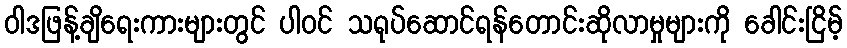
ဝါဒဖြန့်ချိရေးကားများတွင် ပါဝင် သရုပ်ဆောင်ရန်တောင်းဆိုလာမှုများကို ခေါင်းငြိမ့်